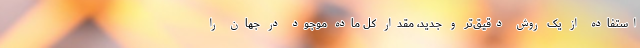
استفاده از یک روش دقیق‌تر و جدید، مقدار کل ماده موجود در جهان را